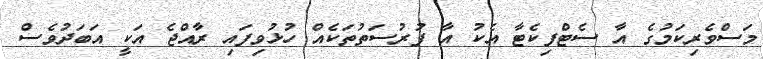
މަސްވެރިކަމުގެ އާ ސެޓްފިކެޓާ އެކު އާ ފުރުސަތުތަކެއް ހުޅުވިފައި ރާއްޖެ އަކީ އަބަދުވެސް